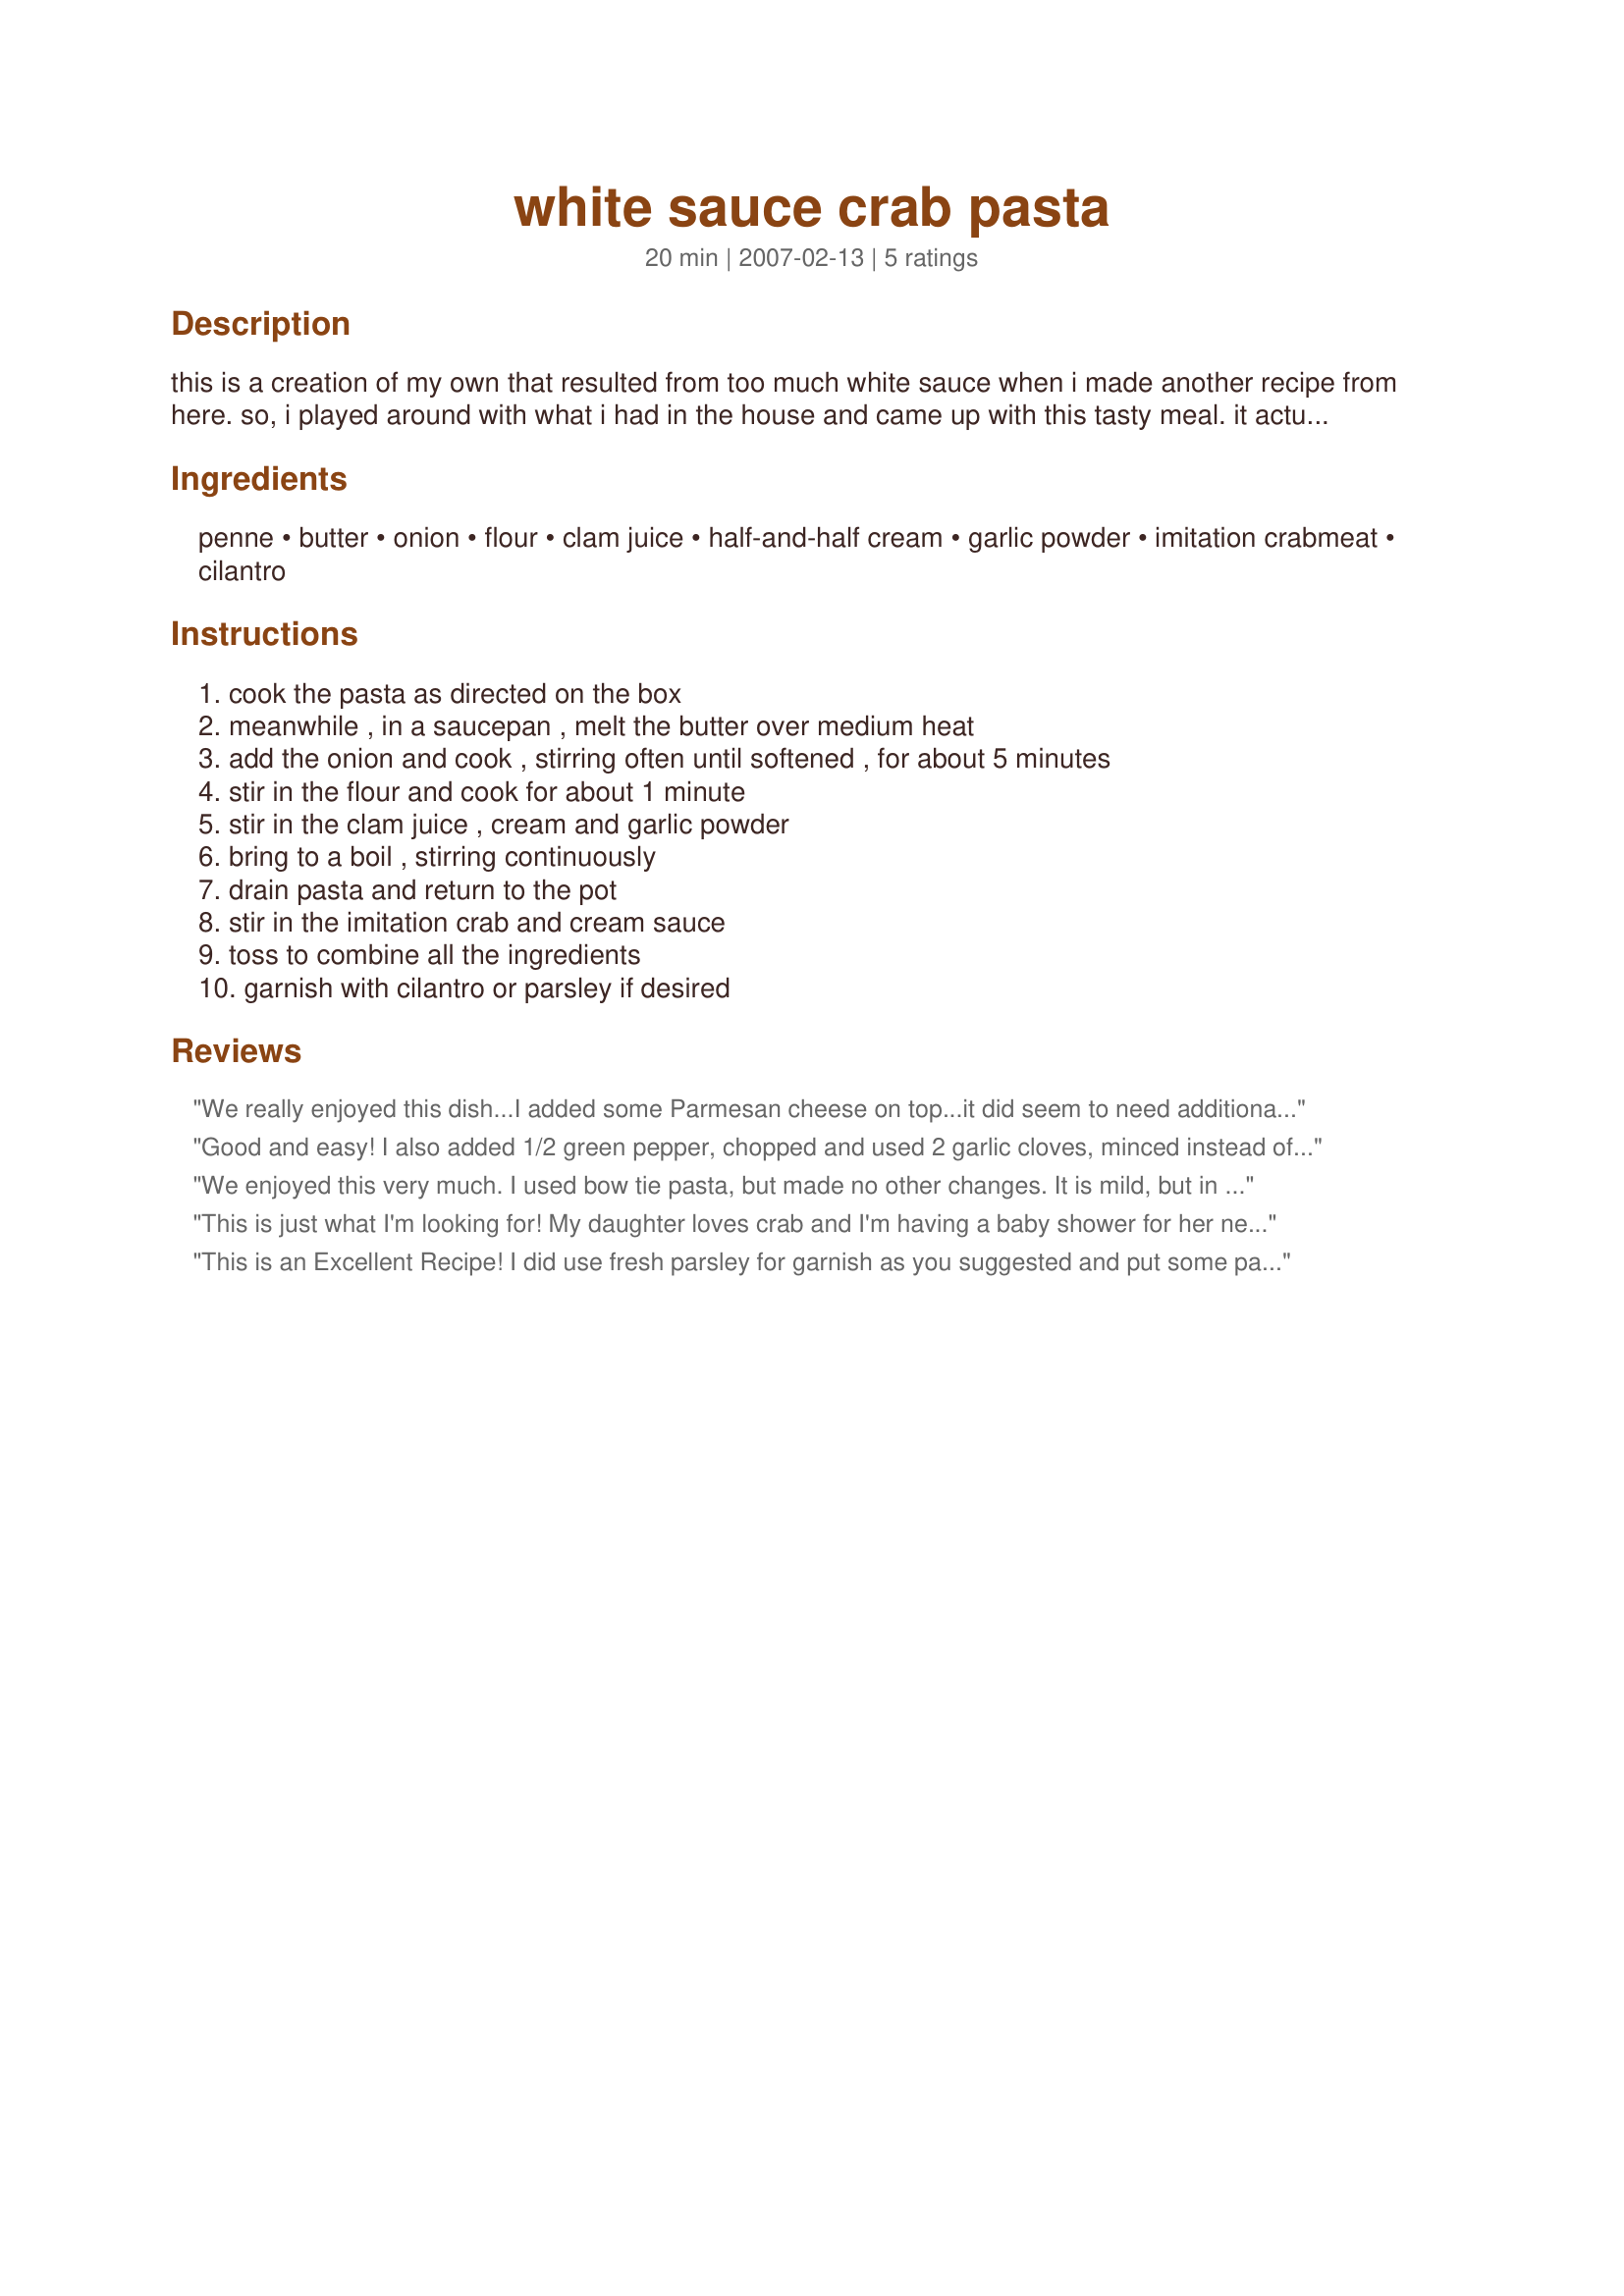
white sauce crab pasta
Preparation time: 20 minutes

this is a creation of my own that resulted from too much white sauce when i made another recipe from here. so, i played around with what i had in the house and came up with this tasty meal. it actually uses imitation crabmeat instead of real crab. it's very mild, so feel free to spice it up if you prefer.

Ingredients:
penne, butter, onion, flour, clam juice, half-and-half cream, garlic powder, imitation crabmeat, cilantro

Steps:
cook the pasta as directed on the box, meanwhile , in a saucepan , melt the butter over medium heat, add the onion and cook , stirring often until softened , for about 5 minutes, stir in the flour and cook for about 1 minute, stir in the clam juice , cream and garlic powder, bring to a boil , stirring continuously, drain pasta and return to the pot, stir in the imitation crab and cream sauce, toss to combine all the ingredients, garnish with cilantro or parsley if desired

Reviews:
We really enjoyed this dish...I added some Parmesan cheese on top...it did seem to need additional spice so sprinkled some Johnny's seafood seasoning and that made a bit difference...loved that it used imitation crabmeat...very inexpensive dish to prepare...served it with a salad and some garlic bread...made for &quot;Went to Market&quot; tag game...
Good and easy! I also added 1/2 green pepper, chopped and used 2 garlic cloves, minced instead of the garlic powder. Thanks for sharing!
We enjoyed this very much. I used bow tie pasta, but made no other changes. It is mild, but in a good way. It's a great way to dress up imitation crab. I used the optional cilantro and (although it was dried) it was a wonderful addition! I recommend using it. I'll use this recipe again. Thanx for posting it.
This is just what I'm looking for! My daughter loves crab and I'm having a baby shower for her next week. <br/>I wanted to make a creamy pasta with crab and this looks perfect. I am going to use lump crab and add some sundried tomatoes and asparagus but I think it will be fine. The clam juice is perfect to pump up the seafood flavor. <br/>Thanks for the recipe. I'll let you know how everyone likes it.
This is an Excellent Recipe! I did use fresh parsley for garnish as you suggested and put some parmesian cheese as a topping and it was Fabulouso ! Thanks for sharing!
